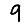
Digit: 9